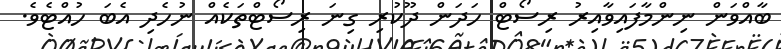
ބާއްވަން ނިންމާފައިވާއިރު ރިސޯޓް ހަދަން ދޫކުރި ގިނަ ރިސޯޓްތަކެއް ނުހެދި އެބަ ހުއްޓެވެ.